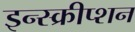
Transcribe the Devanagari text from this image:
इन्स्क्रीप्शन